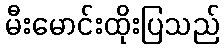
မီးမောင်းထိုးပြသည်